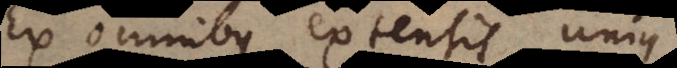
Ex omnibus extensis unius